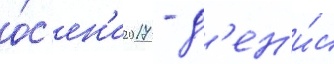
о́с'ен'и 2017 - д'ен'и́с